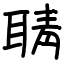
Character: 聙